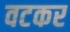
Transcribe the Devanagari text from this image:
वटकर